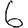
Digit: 6